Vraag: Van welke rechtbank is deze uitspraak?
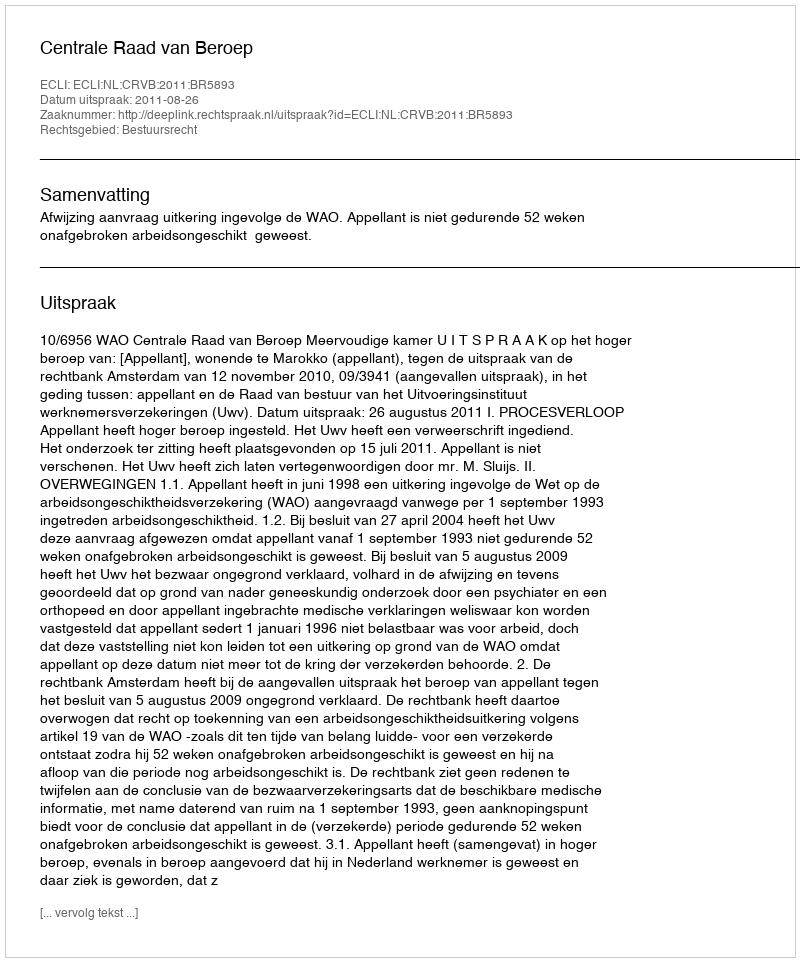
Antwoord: Centrale Raad van Beroep